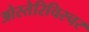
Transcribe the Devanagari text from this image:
ओस्तेरिचिस्चर